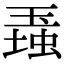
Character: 𤧠